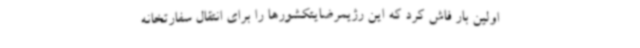
اولین بار فاش کرد که این رژیمرضایتکشورها را برای انتقال سفارتخانه